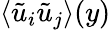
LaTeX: \textlangle\tilde{u}_{i}\tilde{u}_{j}\textrangle(y)